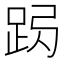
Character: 𨀇